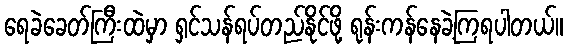
ရေခဲခေတ်ကြီးထဲမှာ ရှင်သန်ရပ်တည်နိုင်ဖို့ ရုန်းကန်နေခဲ့ကြရပါတယ်။